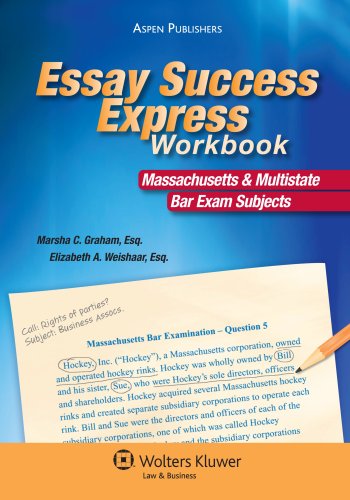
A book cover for Essay Success Express Workbook; Marsha Graham; Test Preparation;